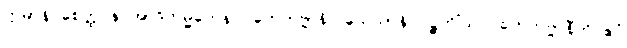
ဣမာနိ စေတ္ထ န အာဒိကမ္မိကေန ဂဟေတဗ္ဗာနိ။ သေသာနိ ပဉ္စတိံသ ဂဟေတဗ္ဗာနီတိ ဧဝံ